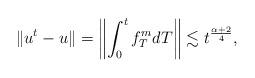
LaTeX: \begin{align*}\| u^t - u \| = \left\| \int_0^t f_T^m dT \right\| \lesssim t^{\frac{\alpha +2}{4}},\end{align*}